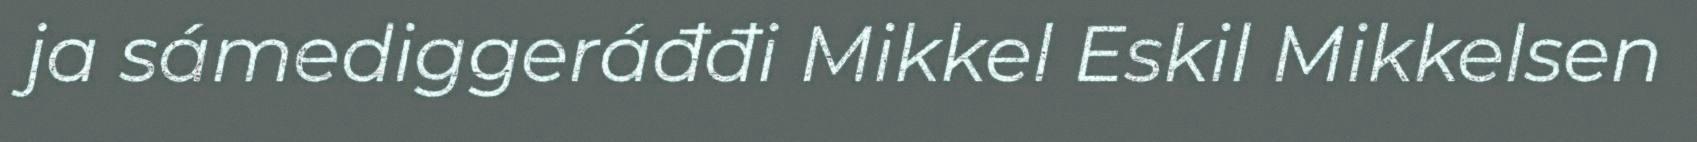
ja sámediggeráđđi Mikkel Eskil Mikkelsen